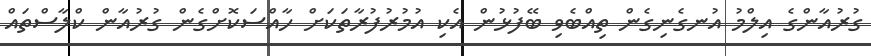
ގުރުއާންގެ އިލްމު އުނގެނިގެން ތިއްބެވި ބޭފުޅުން އެކި އުމުރުފުރާތަކަށް ހާއްސަކޮށްގެން ގުރުއާން ކްލާސްތައް